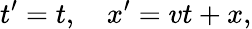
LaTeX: t^{\prime}=t,\quad x^{\prime}=vt+x,